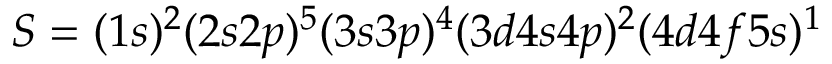
S = ( 1 s ) ^ { 2 } ( 2 s 2 p ) ^ { 5 } ( 3 s 3 p ) ^ { 4 } ( 3 d 4 s 4 p ) ^ { 2 } ( 4 d 4 f 5 s ) ^ { 1 }